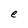
Character: e